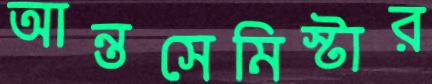
আন্তসেমিস্টার